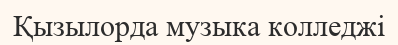
Қызылорда музыка колледжі